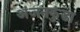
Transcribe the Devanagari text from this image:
अंजनकुंडा